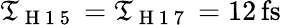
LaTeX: \mathfrak{T}_{\mathrm{{~H~1~5~}}}=\mathfrak{T}_{\mathrm{{~H~1~7~}}}=12\, \mathrm{{{fs}}}